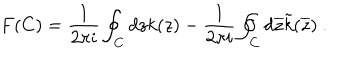
F ( C ) = \frac { 1 } { 2 \pi i } \oint _ { C } d z k ( z ) - \frac { 1 } { 2 \pi i } \oint _ { C } d \overline { { { z } } } \tilde { k } ( \overline { { { z } } } ) \ .